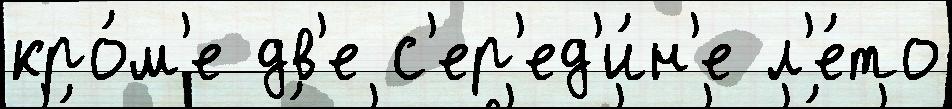
кро́м'е дв'е с'ер'ед'и́н'е л'е́то